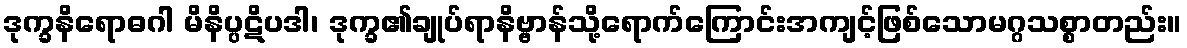
ဒုက္ခနိရောဓဂါ မိနိပ္ပဋိပဒါ၊ ဒုက္ခ၏ချုပ်ရာနိဗ္ဗာန်သို့ရောက်ကြောင်းအကျင့်ဖြစ်သောမဂ္ဂသစ္စာတည်း။